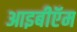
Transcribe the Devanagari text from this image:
आइबीऍम